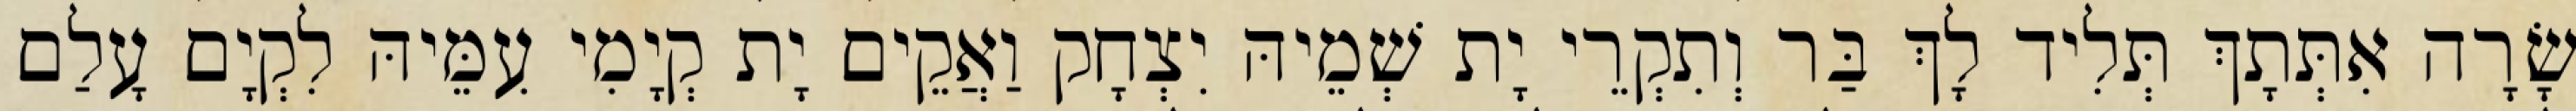
שָׂרָה אִתְּתָךְ תְּלִיד לָךְ בַּר וְתִקְרֵי יָת שְׁמֵיהּ יִצְחָק וַאֲקֵים יָת קְיָמִי עִמֵּיהּ לִקְיָם עָלַם